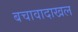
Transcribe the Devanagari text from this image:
बचावादाखल